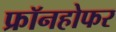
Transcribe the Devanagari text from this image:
फ्रॉनहोफर